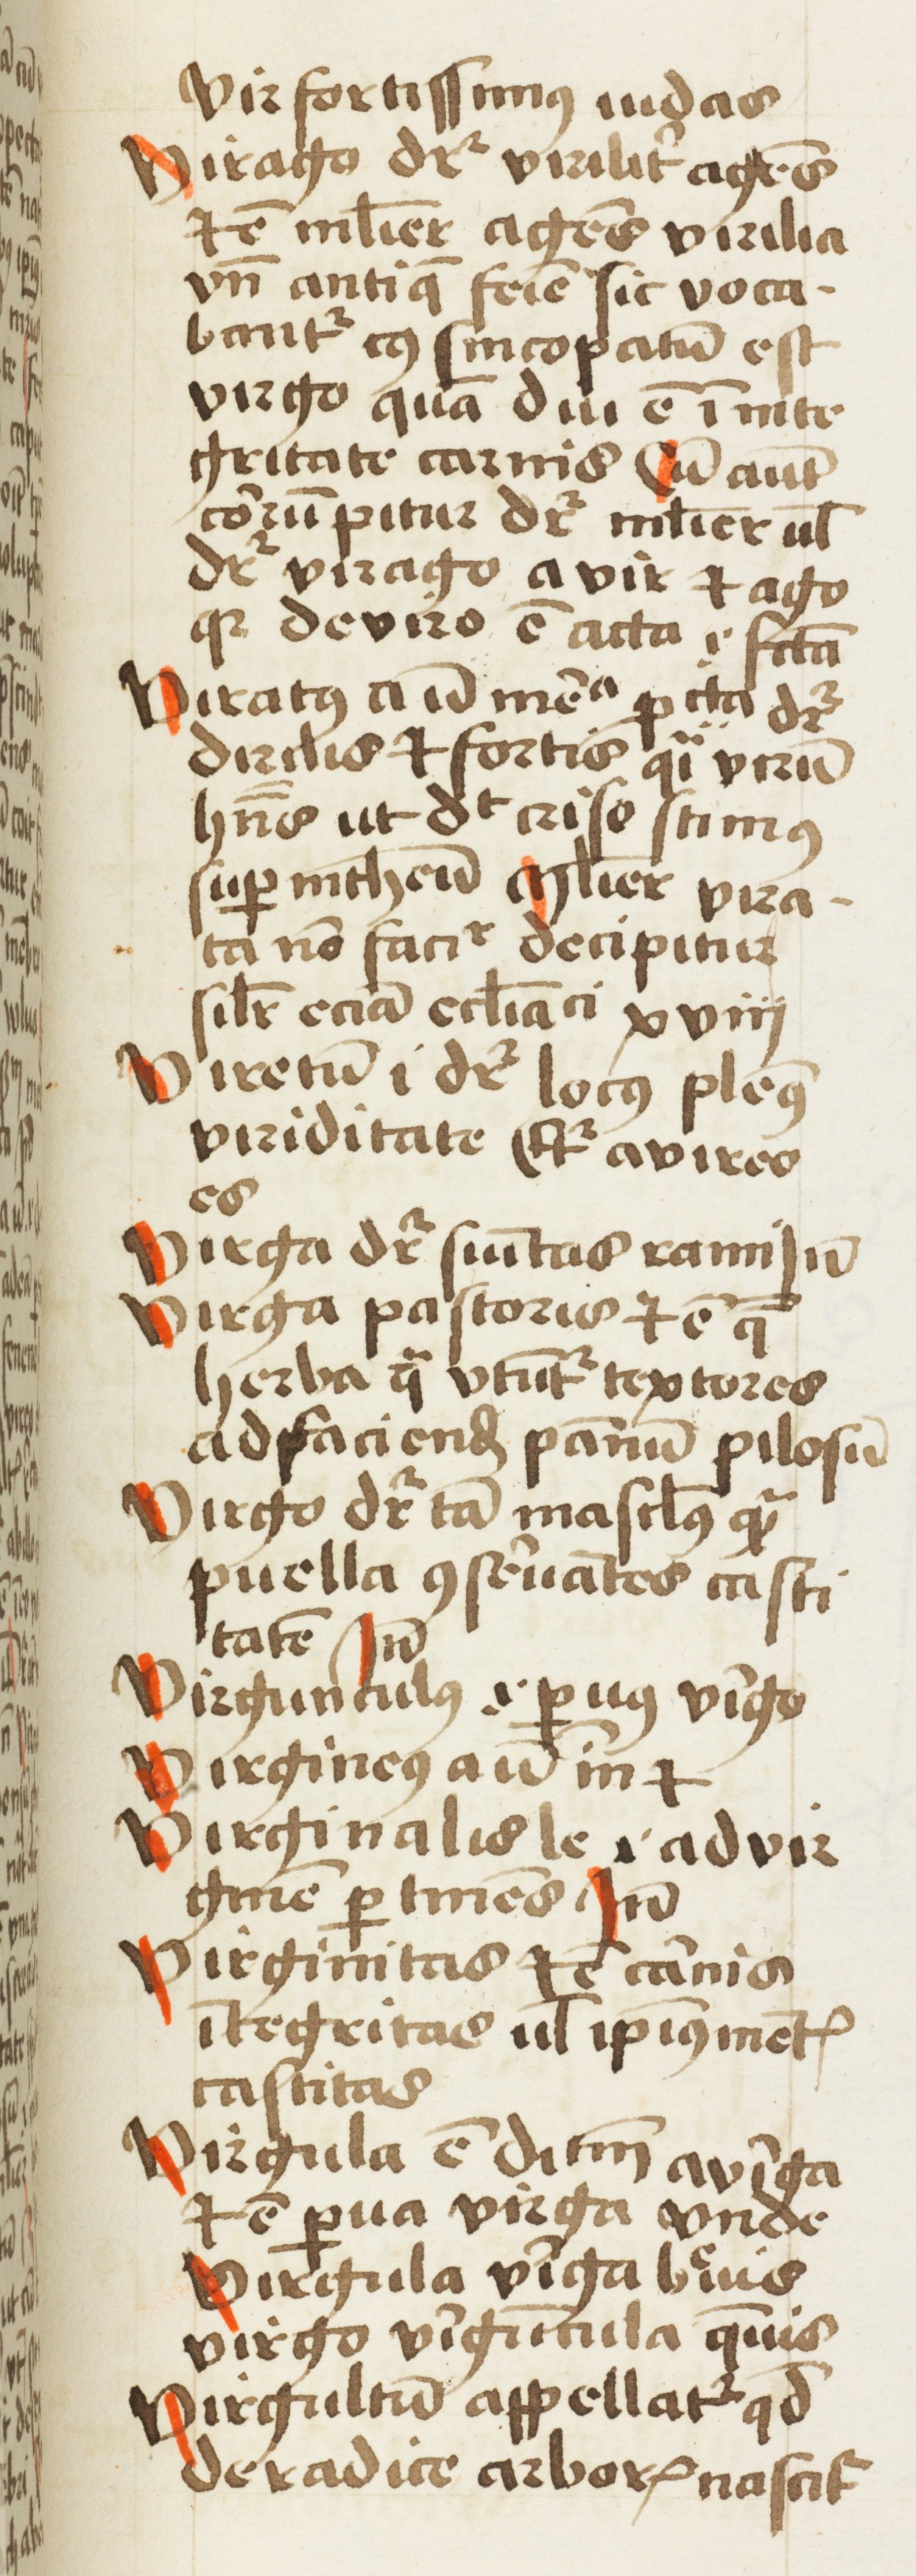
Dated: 1452–1452